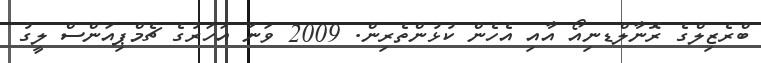
ބްރެޒިލްގެ ރޮނާލްޑނިއޯ އާއި އެހެން ކުޅުންތެރިން. 2009 ވަނަ އަހަރުގެ ޗެމްޕިއަންސް ލީގު